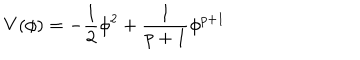
LaTeX: V ( \phi ) = - \frac { 1 } { 2 } \phi ^ { 2 } + \frac { 1 } { p + 1 } \phi ^ { p + 1 }